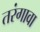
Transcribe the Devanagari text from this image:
तरंगावा